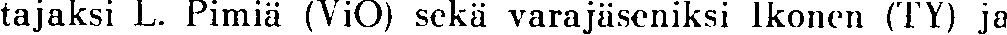
tajaksi L. Pimiä (ViO) sekä varajäseniksi Ikonen (TY) ja